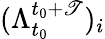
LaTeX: (\Lambda_{t_{0}}^{t_{0}+\mathscr{T}})_{i}